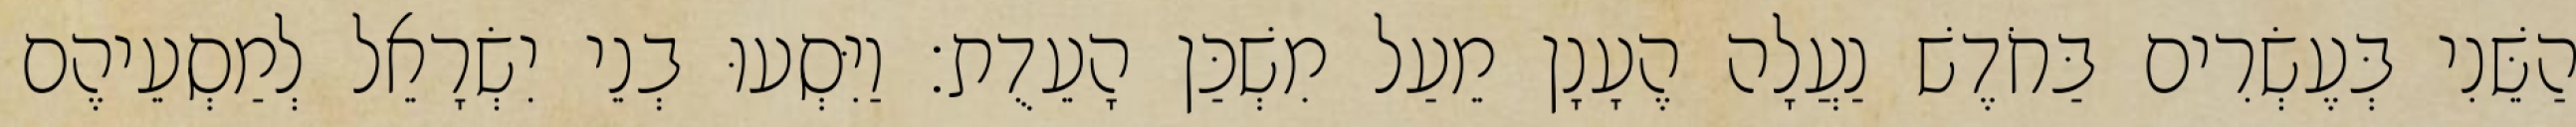
הַשֵּׁנִי בְּעֶשְׂרִים בַּחֹדֶשׁ נַעֲלָה הֶעָנָן מֵעַל מִשְׁכַּן הָעֵדֻת׃ וַיִּסְעוּ בְנֵי יִשְׂרָאֵל לְמַסְעֵיהֶם